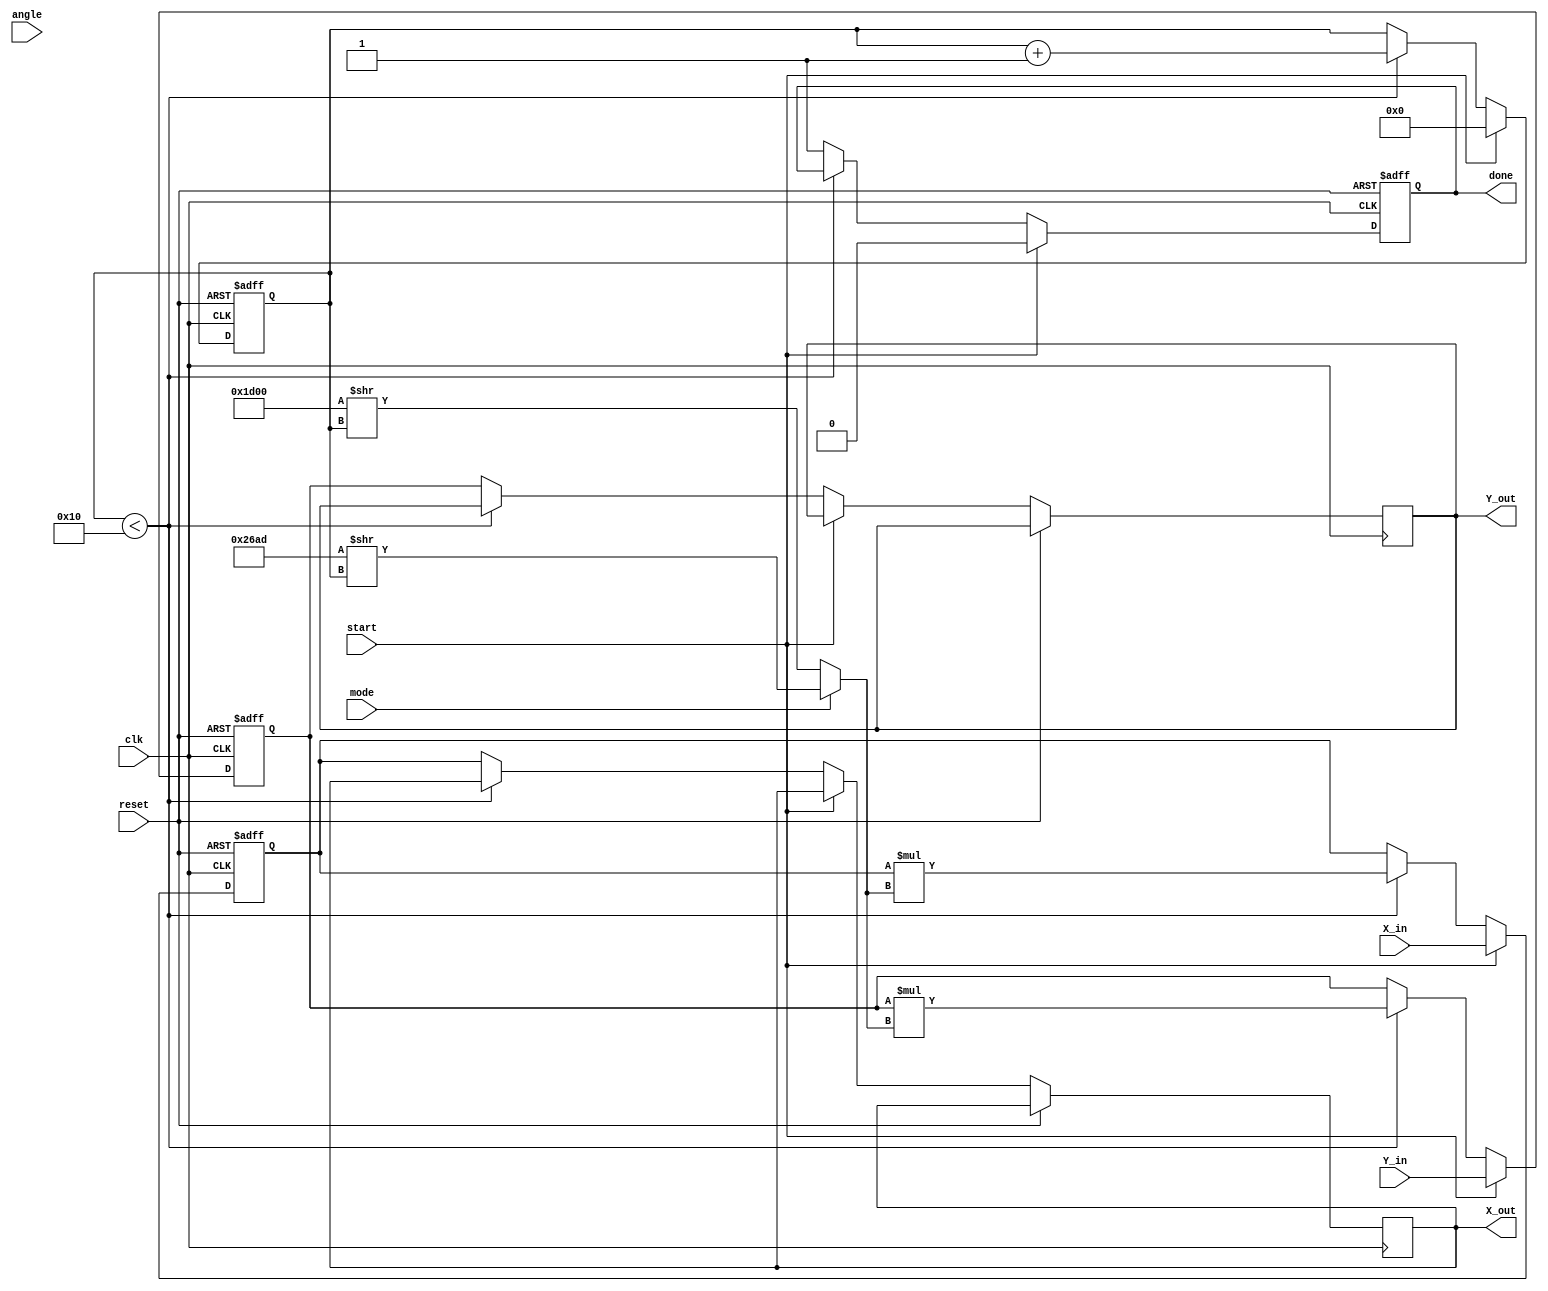
module modified_cordic #(
    parameter N_ITERATIONS = 16, // Number of iterations for precision
    parameter DATA_WIDTH = 16     // Width of the input/output data
)(
    input wire clk,                // Clock signal
    input wire reset,              // Asynchronous reset signal
    input wire [DATA_WIDTH-1:0] X_in, // Input data X
    input wire [DATA_WIDTH-1:0] Y_in, // Input data Y
    input wire [DATA_WIDTH-1:0] angle, // Input angle (in radians or degrees)
    input wire mode,               // Mode select: 0 for circular, 1 for hyperbolic
    input wire start,              // Start signal for computation
    output reg [DATA_WIDTH-1:0] X_out, // Output data X
    output reg [DATA_WIDTH-1:0] Y_out, // Output data Y
    output reg done                // Done signal
);

    // Internal registers
    reg [DATA_WIDTH-1:0] X_reg, Y_reg;
    reg [DATA_WIDTH-1:0] angle_reg;
    reg [4:0] iteration_count;      // Counter for iterations
    reg [DATA_WIDTH-1:0] z;         // Rotation angle
    wire [DATA_WIDTH-1:0] K_val;    // Scaling factor
    reg [DATA_WIDTH-1:0] angle_table [0:N_ITERATIONS-1];  // LUT for arctangent values

    // Populate the angle lookup table with precomputed arctangent values
    initial begin
        // Example values (Use proper arctangent values based on the CORDIC algorithm)
        angle_table[0] = 16'h3243; // atan(1) = /4
        angle_table[1] = 16'h1DAC; // atan(0.5) = /6
        angle_table[2] = 16'h0FDE; // atan(0.25) = /12
        // Continue initializing other required angles...
    end

    // Assign scaling factors
    assign K_val = (mode) ? (DATA_WIDTH'h26AD >> iteration_count) : (DATA_WIDTH'h1D00 >> iteration_count); // Example factors

    always @(posedge clk or posedge reset) begin
        if (reset) begin
            X_reg <= 0;
            Y_reg <= 0;
            angle_reg <= 0;
            iteration_count <= 0;
            done <= 0;
        end else if (start) begin
            X_reg <= X_in;
            Y_reg <= Y_in;
            angle_reg <= angle;
            iteration_count <= 0;
            done <= 0;
        end else if (iteration_count < N_ITERATIONS) begin
            // CORDIC rotation logic
            if (angle_reg < 0) begin
                X_reg <= X_reg + (Y_reg >> iteration_count);
                Y_reg <= Y_reg - (X_reg >> iteration_count);
                angle_reg <= angle_reg + angle_table[iteration_count];
            end else begin
                X_reg <= X_reg - (Y_reg >> iteration_count);
                Y_reg <= Y_reg + (X_reg >> iteration_count);
                angle_reg <= angle_reg - angle_table[iteration_count];
            end

            // Apply scaling factor
            X_reg <= X_reg * K_val;
            Y_reg <= Y_reg * K_val;
            iteration_count <= iteration_count + 1;
        end else begin
            done <= 1;
            X_out <= X_reg;
            Y_out <= Y_reg;
        end
    end
endmodule